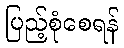
ပြည့်စုံစေရန်